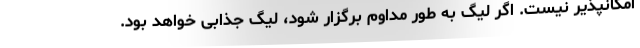
امکانپذیر نیست. اگر لیگ به طور مداوم برگزار شود، لیگ جذابی خواهد بود.